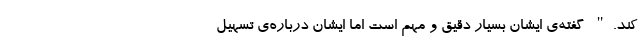
کند." گفته‌ی ایشان بسیار دقیق و مهم است اما ایشان درباره‌ی تسهیلِ